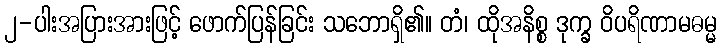
၂-ပါးအပြားအားဖြင့် ဖောက်ပြန်ခြင်း သဘောရှိ၏။ တံ၊ ထိုအနိစ္စ ဒုက္ခ ဝိပရိဏာမဓမ္မ